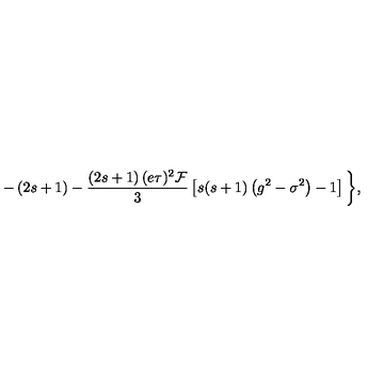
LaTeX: - \left( 2 s + 1 \right) - \frac { \left( 2 s + 1 \right) ( e \tau ) ^ { 2 } \mathcal { F } } 3 \left[ s ( s + 1 ) \left( g ^ { 2 } - \sigma ^ { 2 } \right) - 1 \right] \biggl \} ,